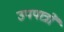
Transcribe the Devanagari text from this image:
उपपात्रों